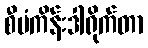
စီမံကိန်းဒါရိုက်တာ